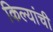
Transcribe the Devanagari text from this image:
किल्यांची